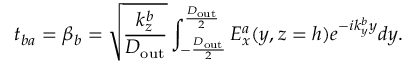
t _ { b a } = \beta _ { b } = \sqrt { \frac { k _ { z } ^ { b } } { D _ { \mathrm { o u t } } } } \int _ { - \frac { D _ { \mathrm { o u t } } } { 2 } } ^ { \frac { D _ { \mathrm { o u t } } } { 2 } } E _ { x } ^ { a } ( y , z = h ) e ^ { - i k _ { y } ^ { b } y } d y .